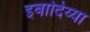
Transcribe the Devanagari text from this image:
इबादिय्या